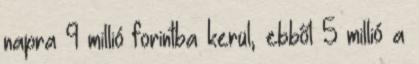
napra 9 millió forintba kerül, ebből 5 millió a